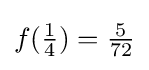
f({\tfrac {1}{4}})={\tfrac {5}{72}}